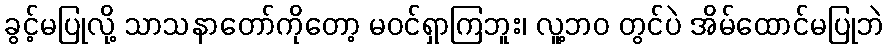
ခွင့်မပြုလို့ သာသနာတော်ကိုတော့ မဝင်ရှာကြဘူး၊ လူ့ဘဝ တွင်ပဲ အိမ်ထောင်မပြုဘဲ